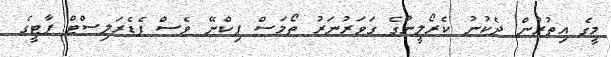
މީގެ އިތުރުން ދެކުނު ކެރޯލީނާގެ ގަވަރުނަރު ތޯމަސް ޕިކްނޭ ވެސް ފެޑެރަލިސްޓް ޕާޓީގެ